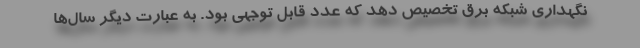
نگهداري شبكه برق تخصيص دهد كه عدد قابل توجهي بود. به عبارت ديگر سال‌ها